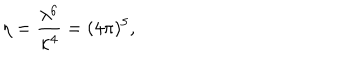
\eta = { \frac { \lambda ^ { 6 } } { \kappa ^ { 4 } } } = ( 4 \pi ) ^ { 5 } ,